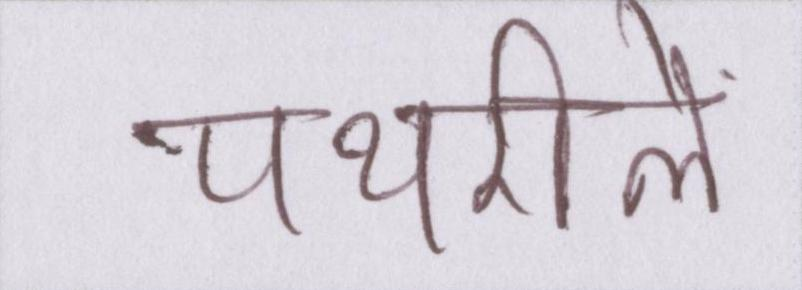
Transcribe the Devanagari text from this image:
पथरीले